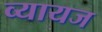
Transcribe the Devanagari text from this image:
व्‍यायज